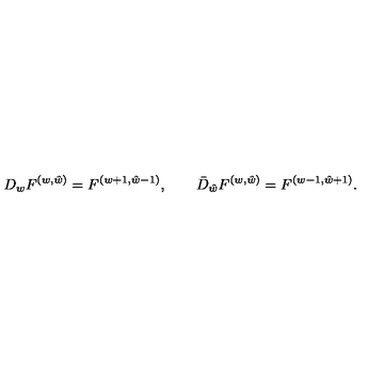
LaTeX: { D _ { w } F ^ { ( w , \hat { w } ) } = F ^ { ( w + 1 , \hat { w } - 1 ) } , \qquad \bar { D } _ { \hat { w } } F ^ { ( w , \hat { w } ) } = F ^ { ( w - 1 , \hat { w } + 1 ) } . }